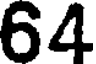
64